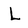
Character: L